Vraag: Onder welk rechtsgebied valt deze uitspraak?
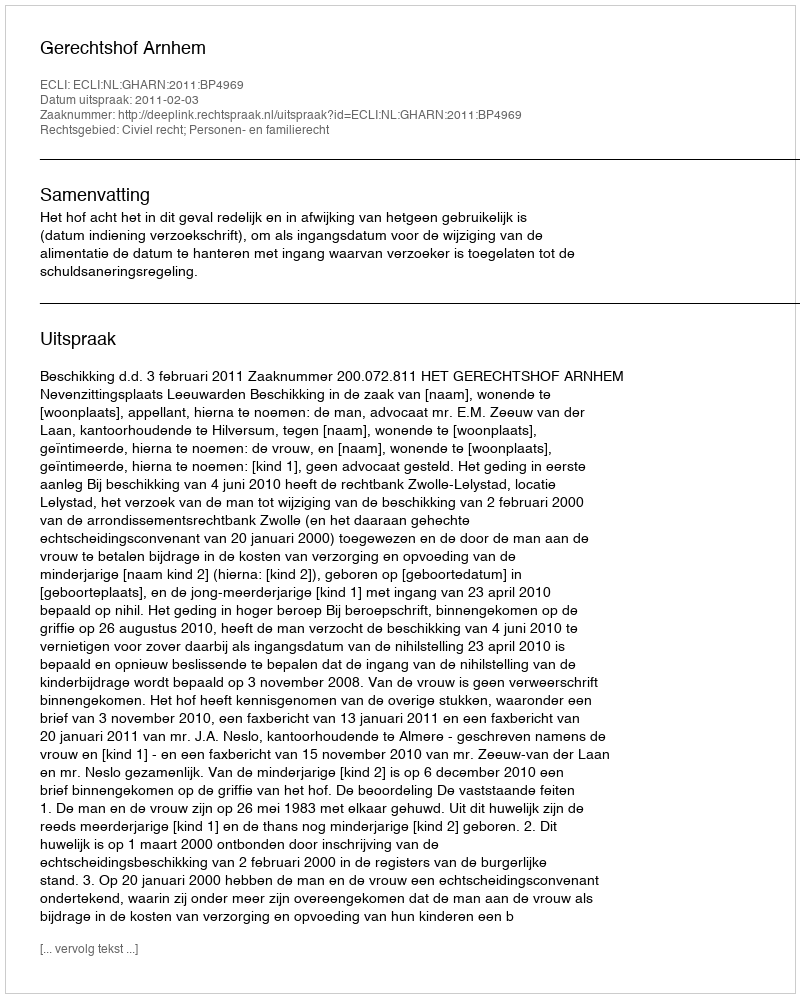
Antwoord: Civiel recht; Personen- en familierecht